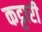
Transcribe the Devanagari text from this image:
कट्टारी